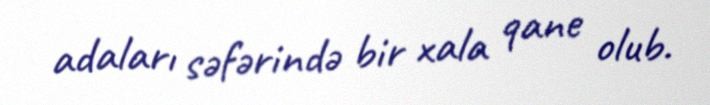
adaları səfərində bir xala qane olub.